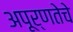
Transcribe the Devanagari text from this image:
अपूर्णतेचे